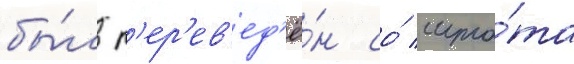
бы́л п'ер'ев'ед'ё́н со́ шта́та